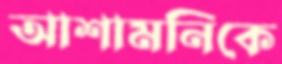
আশামনিকে